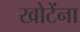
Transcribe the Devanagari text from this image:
खोटेंना